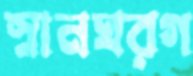
স্নানঘরগ